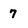
Character: 7